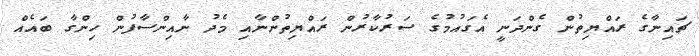
ޗައިނާގެ ރައްޔިތުން ގެންދަނީ އެގައުމުގެ ސަރުކާރުން ރައްޔިތުންނާއި މެދު ނާއިންސާފުން ހިންގާ ބައެއް